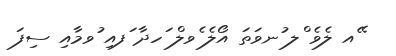
ޭއ ލެވެ ްލ ުނވަތަ އޯލެ ެވލް ަހދާ ަފއި ުވމާއި ސިފަ